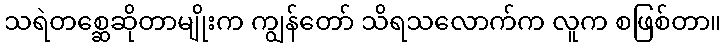
သရဲတစ္ဆေဆိုတာမျိုးက ကျွန်တော် သိရသလောက်က လူက စဖြစ်တာ။